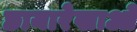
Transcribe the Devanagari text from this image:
छायारेखाओं